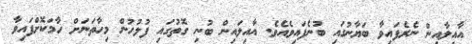
އާއިލާއިން ނެރެފައިވާ ބަޔާނުގައި ބުނެފައިވެއެވެ. އާއިލައިން ބުނި ގޮތުގައި ފުލުހުން މިހާތަނަށް ހާމަކޮށްފައިވާ